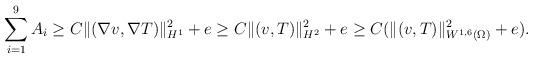
LaTeX: \begin{align*} \sum_{i=1}^9A_i\geq C\|(\nabla v,\nabla T)\|_{H^1}^2+e\geq C\|(v,T)\|_{H^2}^2+e\geq C( \|(v,T)\|_{W^{1,6}(\Omega)}^2+e).\end{align*}